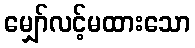
မျှော်လင့်မထားသော